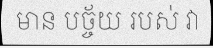
មាន បច្ច័យ របស់ វា